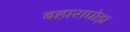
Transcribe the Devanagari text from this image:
बहाराघोड़ा